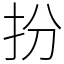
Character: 扮